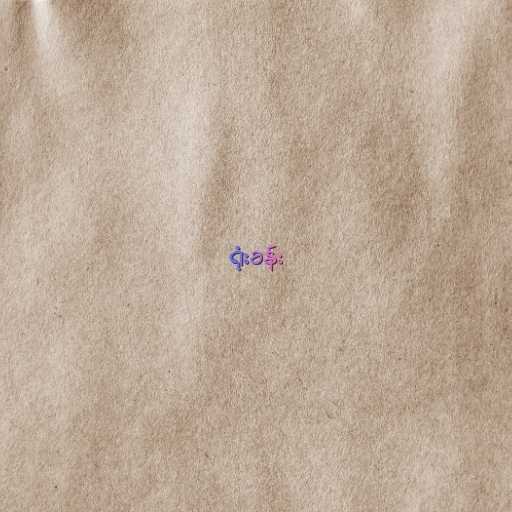
ရုံးခန်း